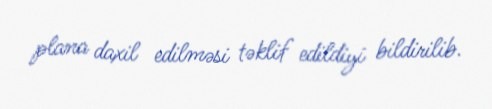
plana daxil edilməsi təklif edildiyi bildirilib.